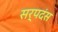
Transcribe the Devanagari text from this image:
सर्पदंस